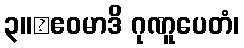
၃။	ဧဝမာဒိ ဂုဏူပေတံ၊